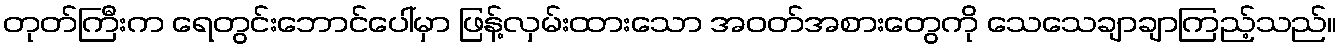
တုတ်ကြီးက ရေတွင်းဘောင်ပေါ်မှာ ဖြန့်လှမ်းထားသော အဝတ်အစားတွေကို သေသေချာချာကြည့်သည်။